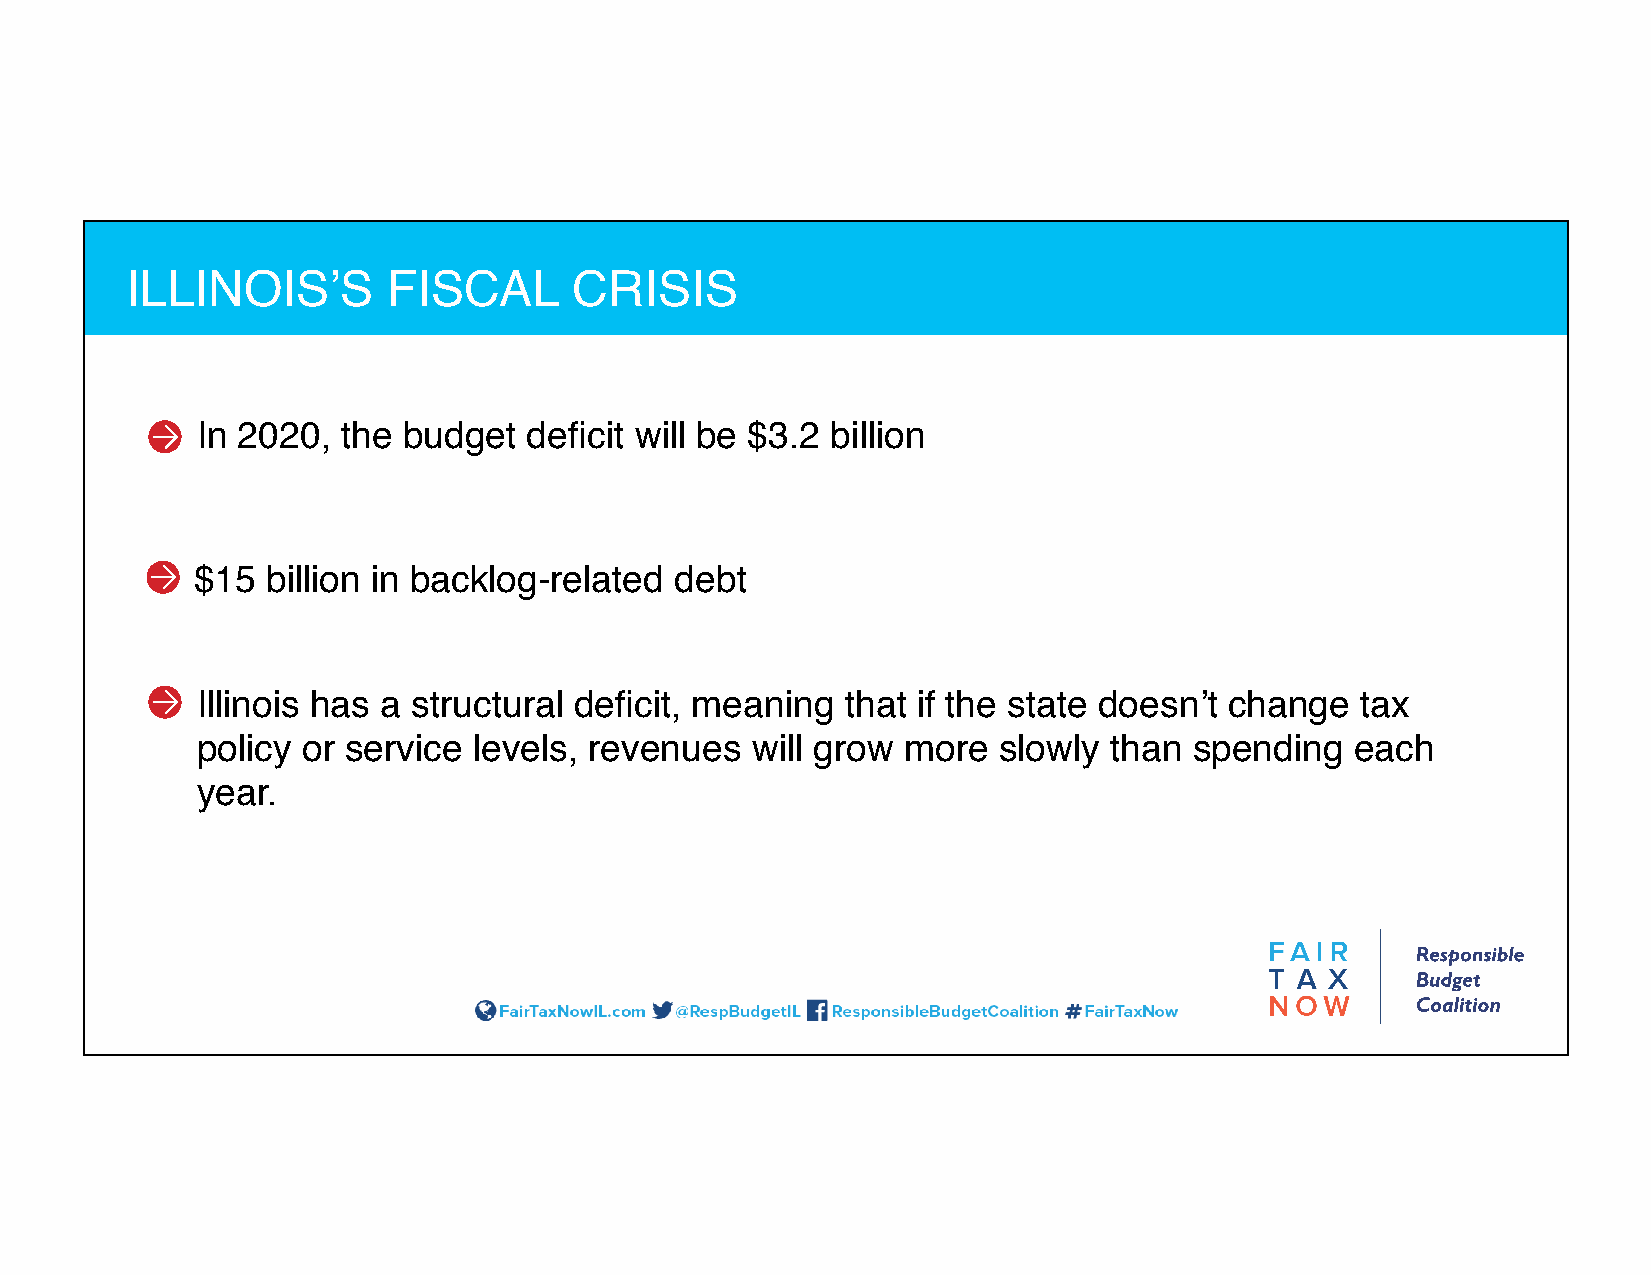
ILLINOIS’S        FISCAL      CRISIS
 In 2020,  the budget  deficit will be $3.2 billion
 $15  billion in backlog-related debt
 Illinois has a structural deficit, meaning that if the state doesn’t change  tax
 policy or service levels, revenues   will grow more  slowly  than spending   each
 year.